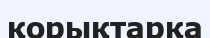
қорықтарқа